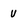
Character: V